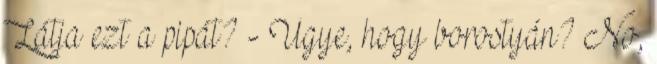
Látja ezt a pipát? - Ugye, hogy borostyán? No,